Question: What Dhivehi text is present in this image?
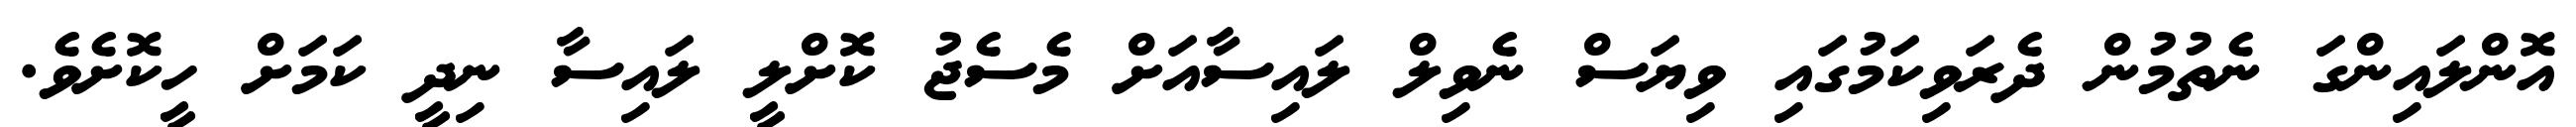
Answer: އޮންލައިންގަ ނެތުމުން ދެރަވިކަމުގައި ވިޔަސް ނެވިލް ލައިސާއަށް މެސެޖު ކޮށްލީ ލައިސާ ނިދީ ކަމަށް ހީކޮށެވެ.